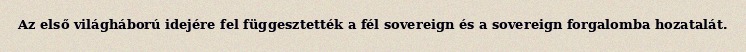
Az első világháború idejére fel függesztették a fél sovereign és a sovereign forgalomba hozatalát.